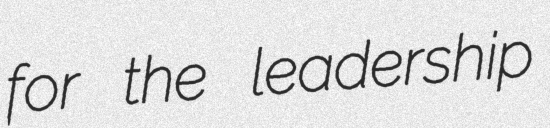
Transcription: for the leadership